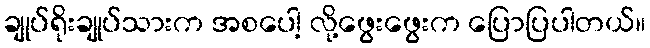
ချုပ်ရိုးချုပ်သားက အစပေါ့ လို့ဖွေးဖွေးက ပြောပြပါတယ်။